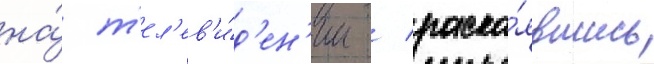
на́ т'ел'ев'и́д'ен'ии / раска́явшись